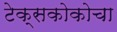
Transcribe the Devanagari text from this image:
टेक्सकोकोचा